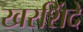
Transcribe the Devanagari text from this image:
खरशिंदे